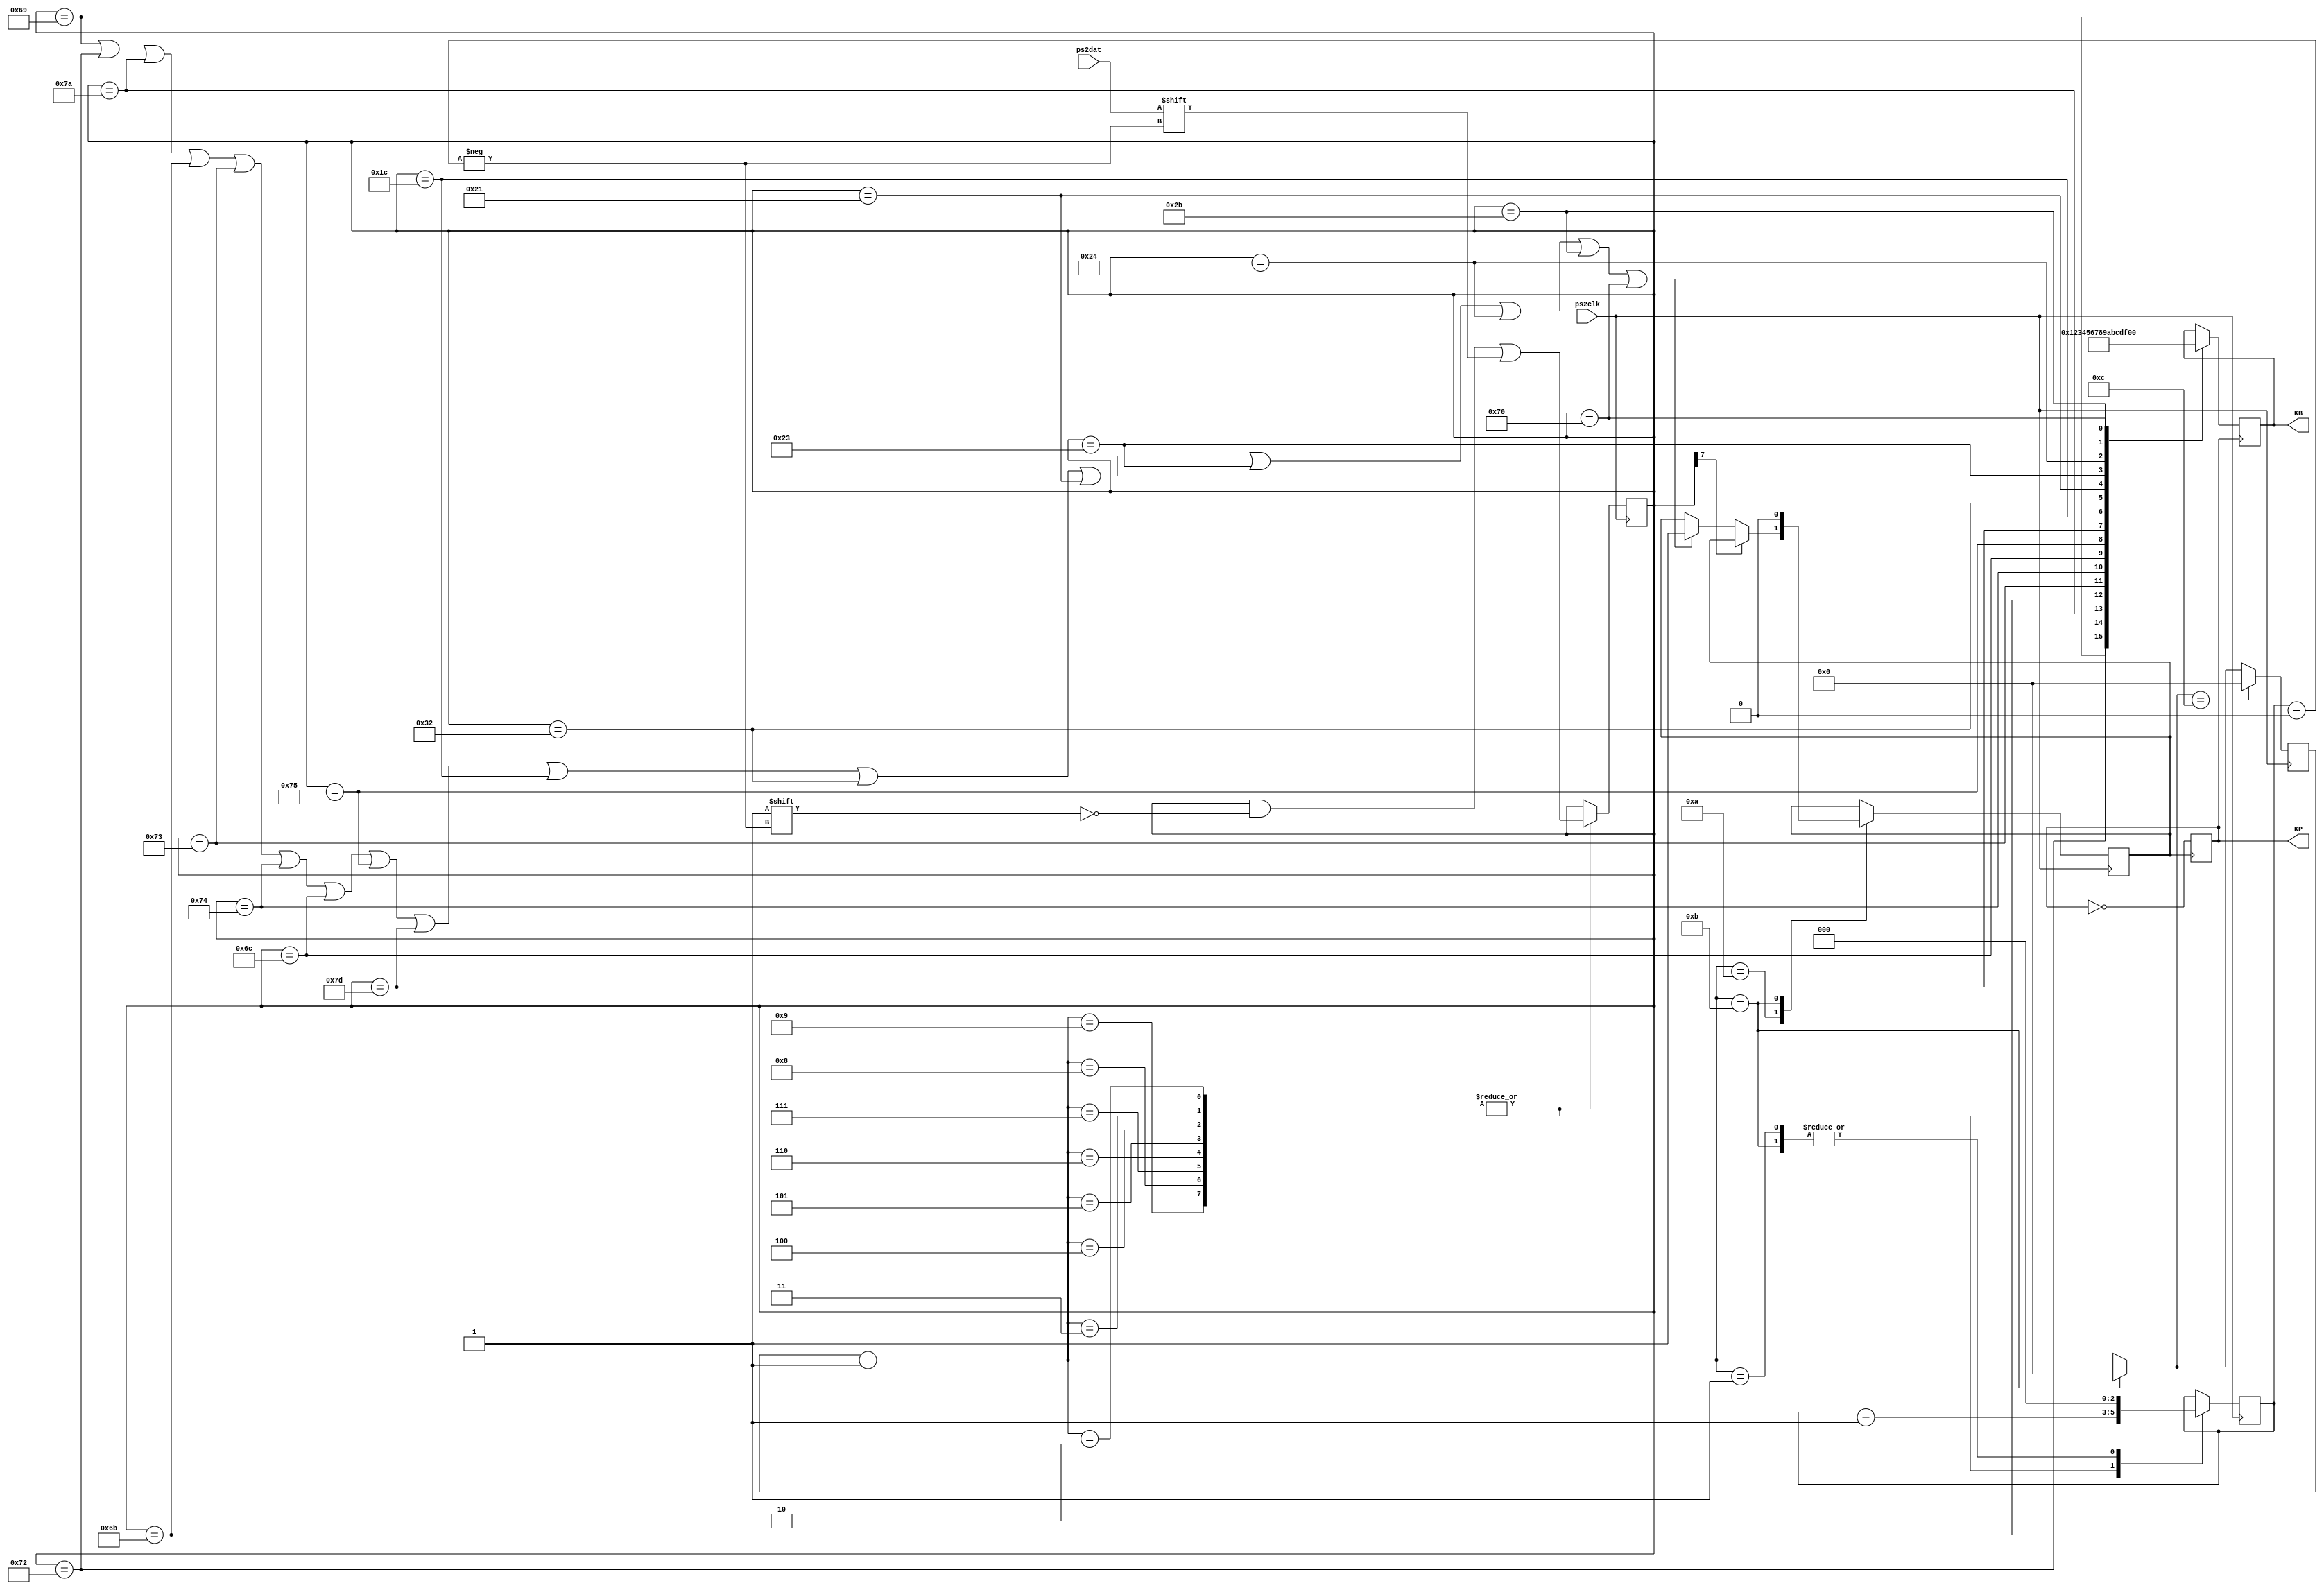
module keyboard(	input 				ps2clk,
					input 				ps2dat,
					output	reg			KP,
					output	reg	[3:0]	KB);


reg	[3:0]	i=0;
reg	[7:0]	num=0;
reg	[2:0]	in=0;
reg			dub=0;

always @ (posedge ps2clk)	begin
	i = i + 1'b1;
	case (i)
		1:		in = 1'b0;
		2,3,4,5,6,7,8,9:	begin
					num[in] = ps2dat;
					in = in + 1'b1;
				end
		10:		begin
					if (~num[7])	begin
						if ((	num==8'b01101001)||(num==8'b01110010)||(num==8'b01111010)||(num==8'b01101011)
							||(num==8'b01110011)||(num==8'b01110100)||(num==8'b01101100)||(num==8'b01110101)
							||(num==8'b01111101)||(num==8'b00011100)||(num==8'b00110010)||(num==8'b00100001)
							||(num==8'b00100011)||(num==8'b00100100)||(num==8'b00101011)||(num==8'b01110000))	begin
								dub <= 1'b1;
						end
					end
				end
		11: 	begin
					i = 4'b0000;
					in = 1'b0;
					dub <= 1'b0;
				end
	endcase
	if (i == 4'b1100)
		i = 4'b0;
end

always @ (posedge dub)
	KP = ~KP;

always @ (posedge KP)	begin
	case (num)
		8'b0110_1001: KB <= 4'b0001; // 1
		8'b0111_0010: KB <= 4'b0010; // 2
		8'b0111_1010: KB <= 4'b0011; // 3
		8'b0110_1011: KB <= 4'b0100; // 4
		8'b0111_0011: KB <= 4'b0101; // 5
		8'b0111_0100: KB <= 4'b0110; // 6
		8'b0110_1100: KB <= 4'b0111; // 7
		8'b0111_0101: KB <= 4'b1000; // 8
		8'b0111_1101: KB <= 4'b1001; // 9
		8'b0001_1100: KB <= 4'b1010; // A
		8'b0011_0010: KB <= 4'b1011; // B
		8'b0010_0001: KB <= 4'b1100; // C
		8'b0010_0011: KB <= 4'b1101; // D
		8'b0010_0100: KB <= 4'b1110; // E
		8'b0010_1011: KB <= 4'b1111; // F
		8'b0111_0000: KB <= 4'b0000; // 0
	endcase
end

endmodule